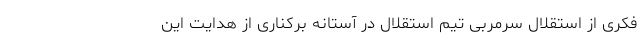
فکری از استقلال سرمربی تیم استقلال در آستانه برکناری از هدایت این